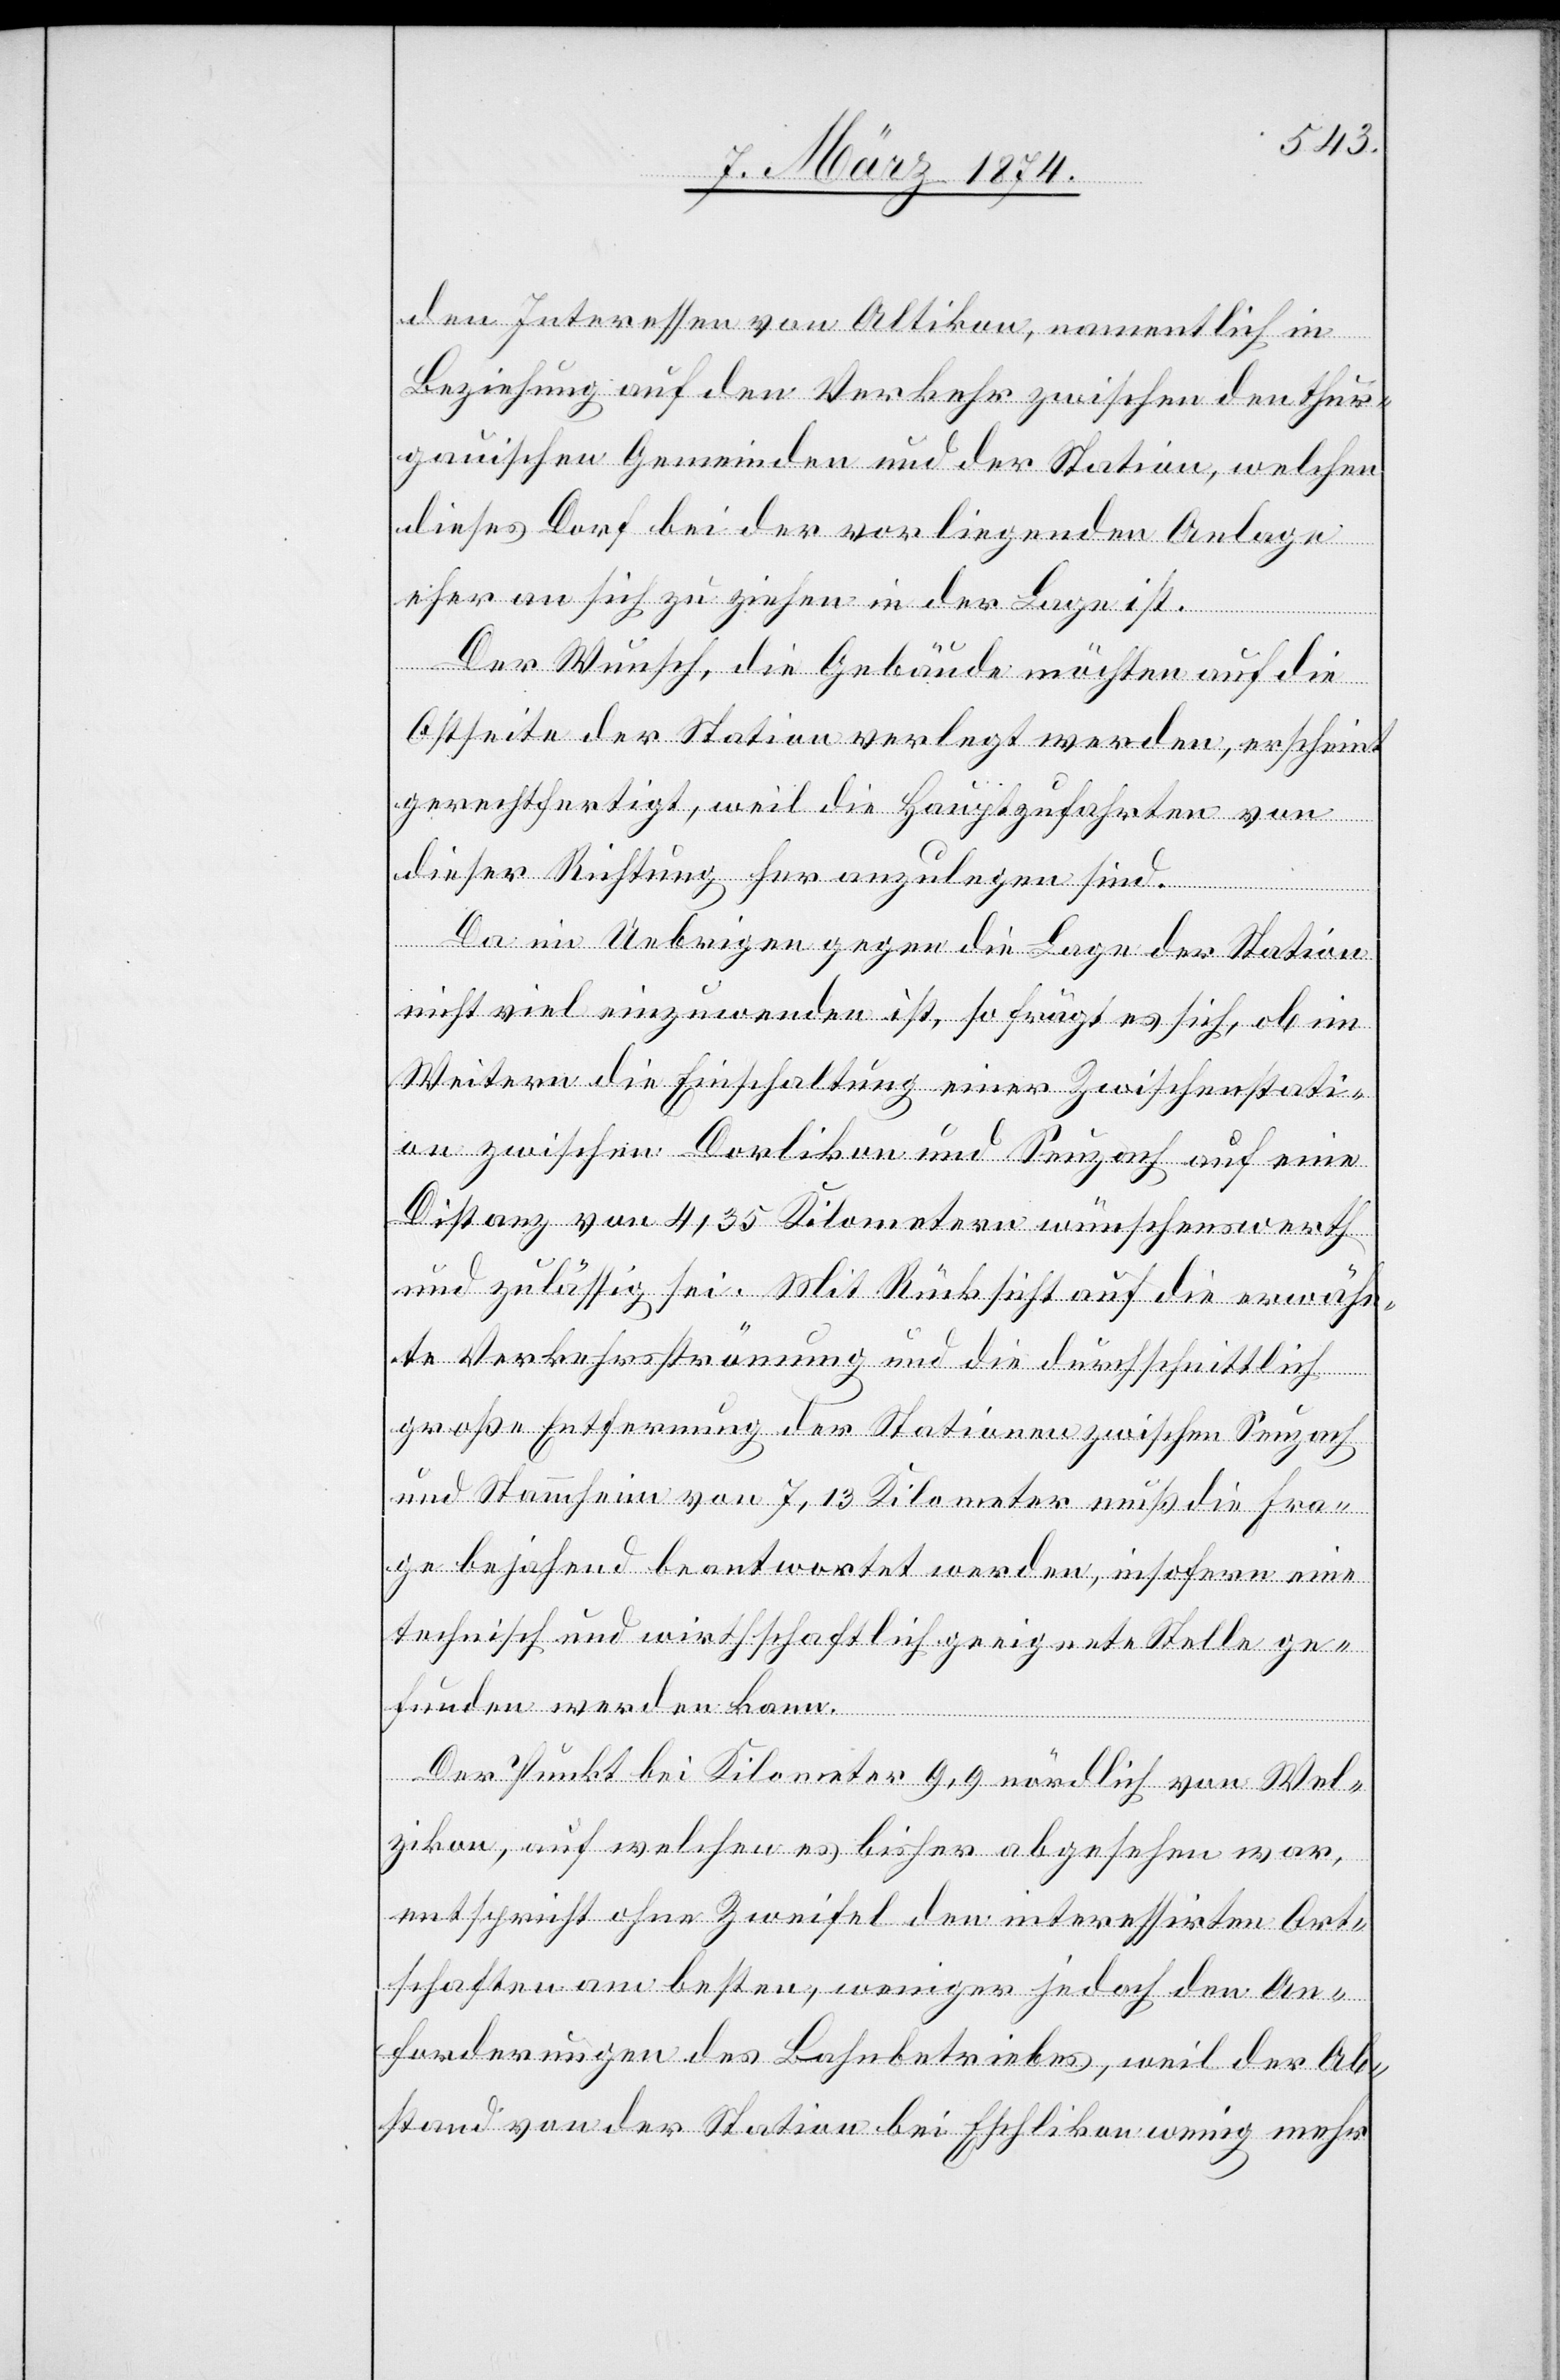
den Interessen von Altikon, namentlich in
Beziehung auf den Verkehr zwischen den thur¬
gauischen Gemeinden und der Station, welchen
dieses Dorf bei der vorliegenden Anlage
eher an sich zu ziehen in der Lage ist.
Der Wunsch, die Gebäude möchten auf die
Ostseite der Station verlegt werden, erscheint
gerechtfertigt, weil die Hauptzufahrten von
dieser Richtung her anzulegen sind.
Da im Uebrigen gegen die Lage der Station
nicht viel einzuwenden ist, so frägt es sich, ob im
Weitern die Einschaltung einer Zwischenstati¬
on zwischen Dorlikon und Seuzach auf eine
Distanz von 4,35 Kilometer wünschenswerth
und zulässig sei. Mit Rücksicht auf die erwähn¬
te Verkehrsströmung und die durchschnittlich
große Entfernung der Stationen zwischen Seuzach
und Stammheim von 7,13 Kilometer muß die Fra¬
ge bejahend beantwortet werden, insofern eine
technisch und wirtschaftliche geeignete Stelle ge¬
funden werden kann.
Der Punkt bei Kilometer 9,9 nördlich von Wel¬
zikon, auf welchen es bisher abgesehen war,
entspricht ohne Zweifel den interessirten Ort¬
schaften am besten, weniger jedoch den An¬
forderungen des Bahnbetriebes, weil der Ab¬
stand von der Station bei Eschlikon wenig mehr